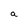
Character: a